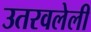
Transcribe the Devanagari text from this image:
उतरवलेली